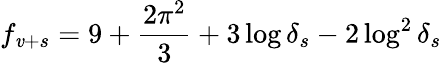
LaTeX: f_{\mathit{v}+s}=9+\frac{{2\pi^{2}}}{{3}}+3\log\delta_{s}-2\log^{2}\delta_{s}